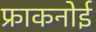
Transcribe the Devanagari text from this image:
फ्राकनोई